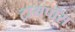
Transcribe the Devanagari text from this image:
ट्रायपॉस